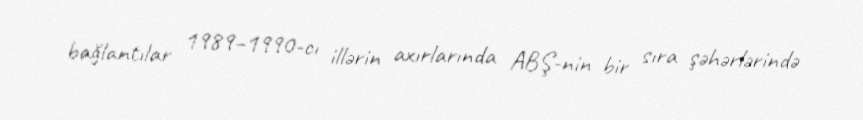
bağlantılar 1989–1990-cı illərin axırlarında ABŞ-nin bir sıra şəhərlərində